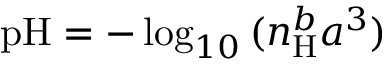
\mathrm { p H } = - \log _ { 1 0 } { ( n _ { \mathrm { H } } ^ { b } a ^ { 3 } ) }